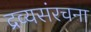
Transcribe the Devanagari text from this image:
द्रव्यसंरचना